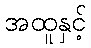
အထူနှင့်